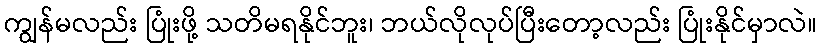
ကျွန်မလည်း ပြုံးဖို့ သတိမရနိုင်ဘူး၊ ဘယ်လိုလုပ်ပြီးတော့လည်း ပြုံးနိုင်မှာလဲ။